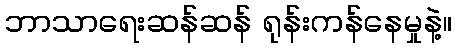
ဘာသာရေးဆန်ဆန် ရုန်းကန်နေမှုနဲ့။